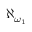
\aleph _ { \omega _ { 1 } }